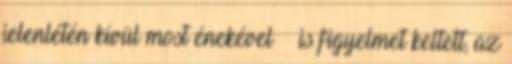
jelenlétén kívül most énekével is figyelmet keltett, az